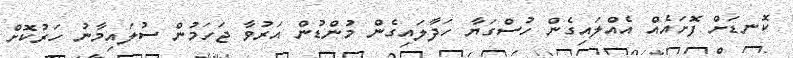
ކޮނޑަށް ފޮށައެއް އެއްލައިގެން ހުސްގަޔާ ހަދާލައިގެން މުންޑުން އަރުވާ ޖަހަމުން ސުލައިމާނު ހަރުކޮށް